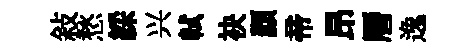
敍愁綵兴軾袂纇帝昂曆逸